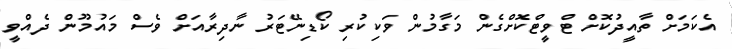
އެކަމަށް ތާއީދުކޮށް ޓްވީޓްކޮށްގެން މަގާމުން ވަކިކުރި ކޯޑިނޭޓަރު ނާދިރާއަށް ވެސް މައުމޫން ދެއްވީ